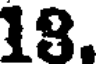
19.